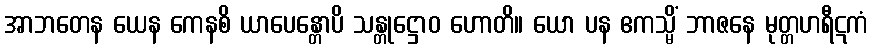
အာဘတေန ယေန ကေနစိ ယာပေန္တောပိ သန္တုဋ္ဌောဝ ဟောတိ။ ယော ပန ဧကသ္မိံ ဘာဇနေ မုတ္တဟရီဋကံ